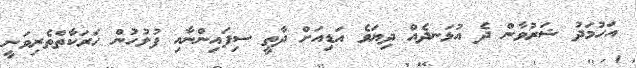
އަހުމަދު ޝަރުވާން ދެ އުޅަނދެއް ދިޔަވެ އަޑިއަށް ދާތީ ސިފައިންނާއި ފުލުހުން ހަރަކާތްތެރިވަނީ